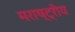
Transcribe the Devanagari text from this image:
मराष्ट्रीय